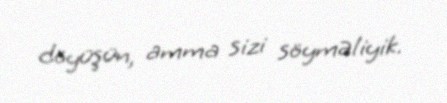
döyüşün, amma sizi söyməliyik.